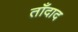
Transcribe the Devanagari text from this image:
ताँदाद